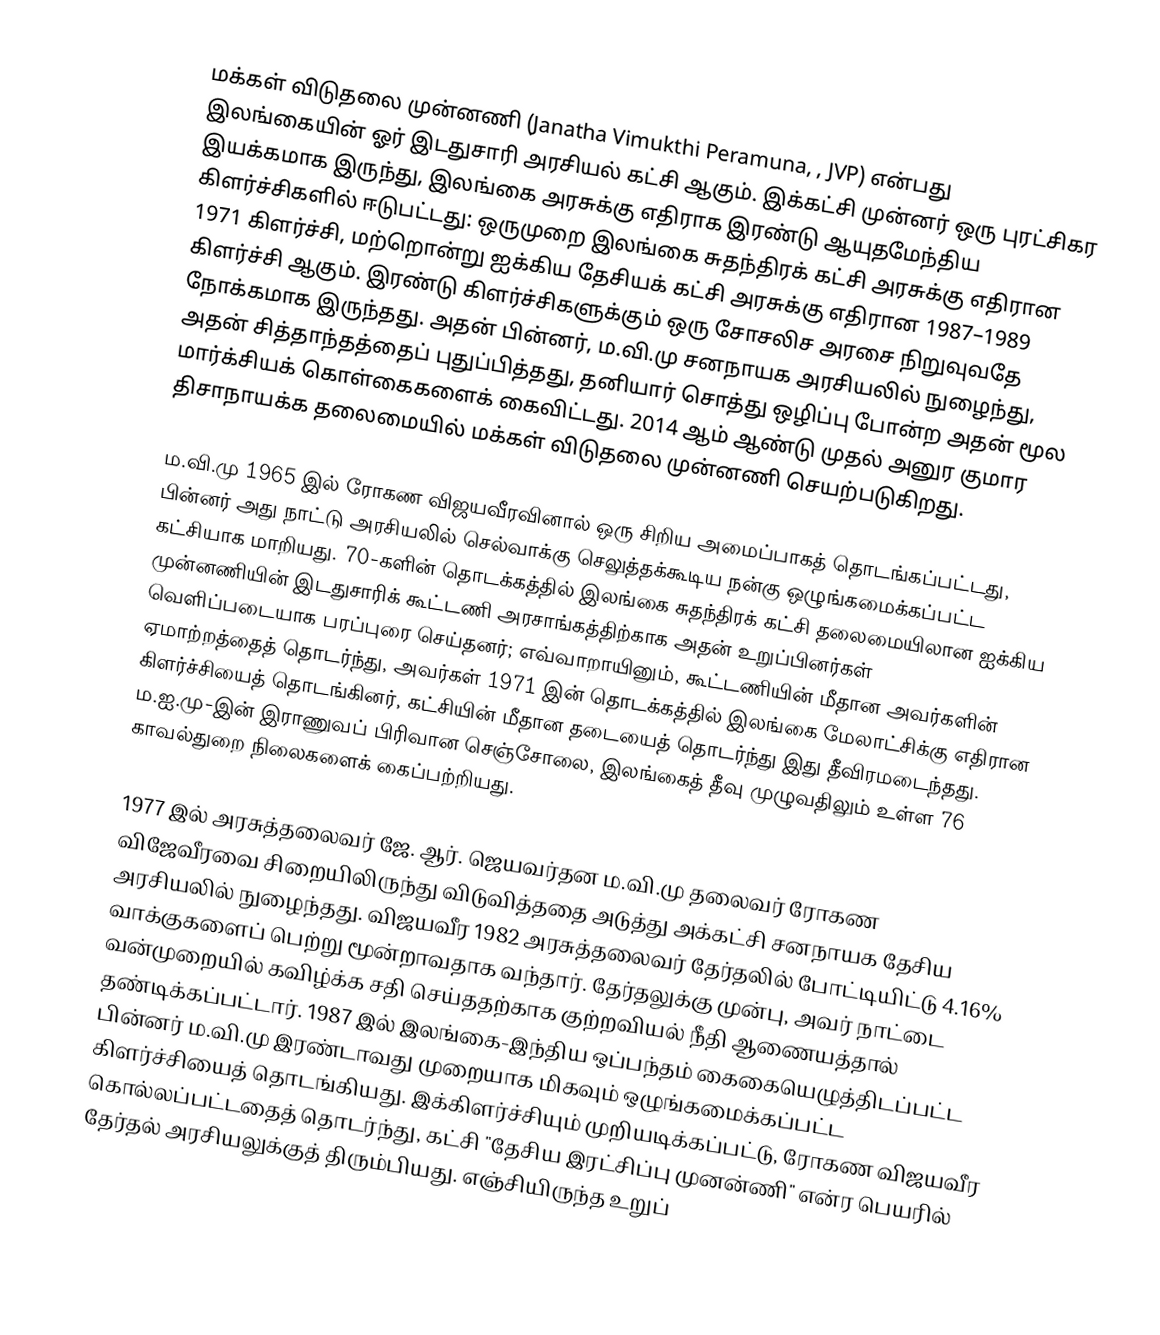
மக்கள் விடுதலை முன்னணி (Janatha Vimukthi Peramuna, , JVP) என்பது இலங்கையின் ஓர் இடதுசாரி அரசியல் கட்சி ஆகும். இக்கட்சி முன்னர் ஒரு புரட்சிகர இயக்கமாக இருந்து, இலங்கை அரசுக்கு எதிராக இரண்டு ஆயுதமேந்திய கிளர்ச்சிகளில் ஈடுபட்டது: ஒருமுறை இலங்கை சுதந்திரக் கட்சி அரசுக்கு எதிரான 1971 கிளர்ச்சி, மற்றொன்று ஐக்கிய தேசியக் கட்சி அரசுக்கு எதிரான 1987–1989 கிளர்ச்சி ஆகும். இரண்டு கிளர்ச்சிகளுக்கும் ஒரு சோசலிச அரசை நிறுவுவதே நோக்கமாக இருந்தது. அதன் பின்னர், ம.வி.மு சனநாயக அரசியலில் நுழைந்து, அதன் சித்தாந்தத்தைப் புதுப்பித்தது, தனியார் சொத்து ஒழிப்பு போன்ற அதன் மூல மார்க்சியக் கொள்கைகளைக் கைவிட்டது. 2014 ஆம் ஆண்டு முதல் அனுர குமார திசாநாயக்க தலைமையில் மக்கள் விடுதலை முன்னணி செயற்படுகிறது.

ம.வி.மு 1965 இல் ரோகண விஜயவீரவினால் ஒரு சிறிய அமைப்பாகத் தொடங்கப்பட்டது, பின்னர் அது நாட்டு அரசியலில் செல்வாக்கு செலுத்தக்கூடிய நன்கு ஒழுங்கமைக்கப்பட்ட கட்சியாக மாறியது. 70-களின் தொடக்கத்தில் இலங்கை சுதந்திரக் கட்சி தலைமையிலான ஐக்கிய முன்னணியின் இடதுசாரிக் கூட்டணி அரசாங்கத்திற்காக அதன் உறுப்பினர்கள் வெளிப்படையாக பரப்புரை செய்தனர்; எவ்வாறாயினும், கூட்டணியின் மீதான அவர்களின் ஏமாற்றத்தைத் தொடர்ந்து, அவர்கள் 1971 இன் தொடக்கத்தில் இலங்கை மேலாட்சிக்கு எதிரான கிளர்ச்சியைத் தொடங்கினர், கட்சியின் மீதான தடையைத் தொடர்ந்து இது தீவிரமடைந்தது. ம.ஐ.மு-இன் இராணுவப் பிரிவான செஞ்சோலை, இலங்கைத் தீவு முழுவதிலும் உள்ள 76 காவல்துறை நிலைகளைக் கைப்பற்றியது.

1977 இல் அரசுத்தலைவர் ஜே. ஆர். ஜெயவர்தன ம.வி.மு தலைவர் ரோகண விஜேவீரவை சிறையிலிருந்து விடுவித்ததை அடுத்து அக்கட்சி சனநாயக தேசிய அரசியலில் நுழைந்தது. விஜயவீர 1982 அரசுத்தலைவர் தேர்தலில் போட்டியிட்டு 4.16% வாக்குகளைப் பெற்று மூன்றாவதாக வந்தார். தேர்தலுக்கு முன்பு, அவர் நாட்டை வன்முறையில் கவிழ்க்க சதி செய்ததற்காக குற்றவியல் நீதி ஆணையத்தால் தண்டிக்கப்பட்டார். 1987 இல் இலங்கை-இந்திய ஒப்பந்தம் கைகையெழுத்திடப்பட்ட பின்னர் ம.வி.மு இரண்டாவது முறையாக மிகவும் ஒழுங்கமைக்கப்பட்ட கிளர்ச்சியைத் தொடங்கியது. இக்கிளர்ச்சியும் முறியடிக்கப்பட்டு, ரோகண விஜயவீர கொல்லப்பட்டதைத் தொடர்ந்து, கட்சி "தேசிய இரட்சிப்பு முனன்ணி" என்ர பெயரில் தேர்தல் அரசியலுக்குத் திரும்பியது. எஞ்சியிருந்த உறுப்